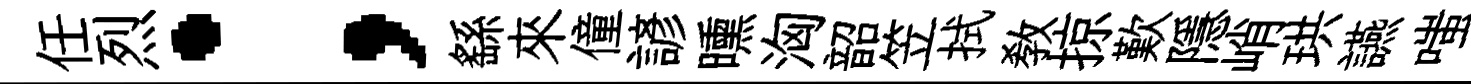
任烈；繇來僮諺曛洶韶笠拭教掠歎隱峭珙讌嗤